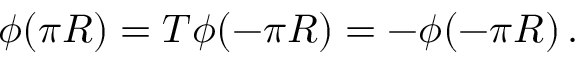
\phi ( \pi R ) = T \phi ( - \pi R ) = - \phi ( - \pi R ) \, .